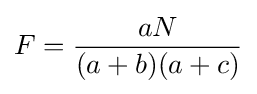
F={\frac {aN}{(a+b)(a+c)}}